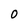
Character: O